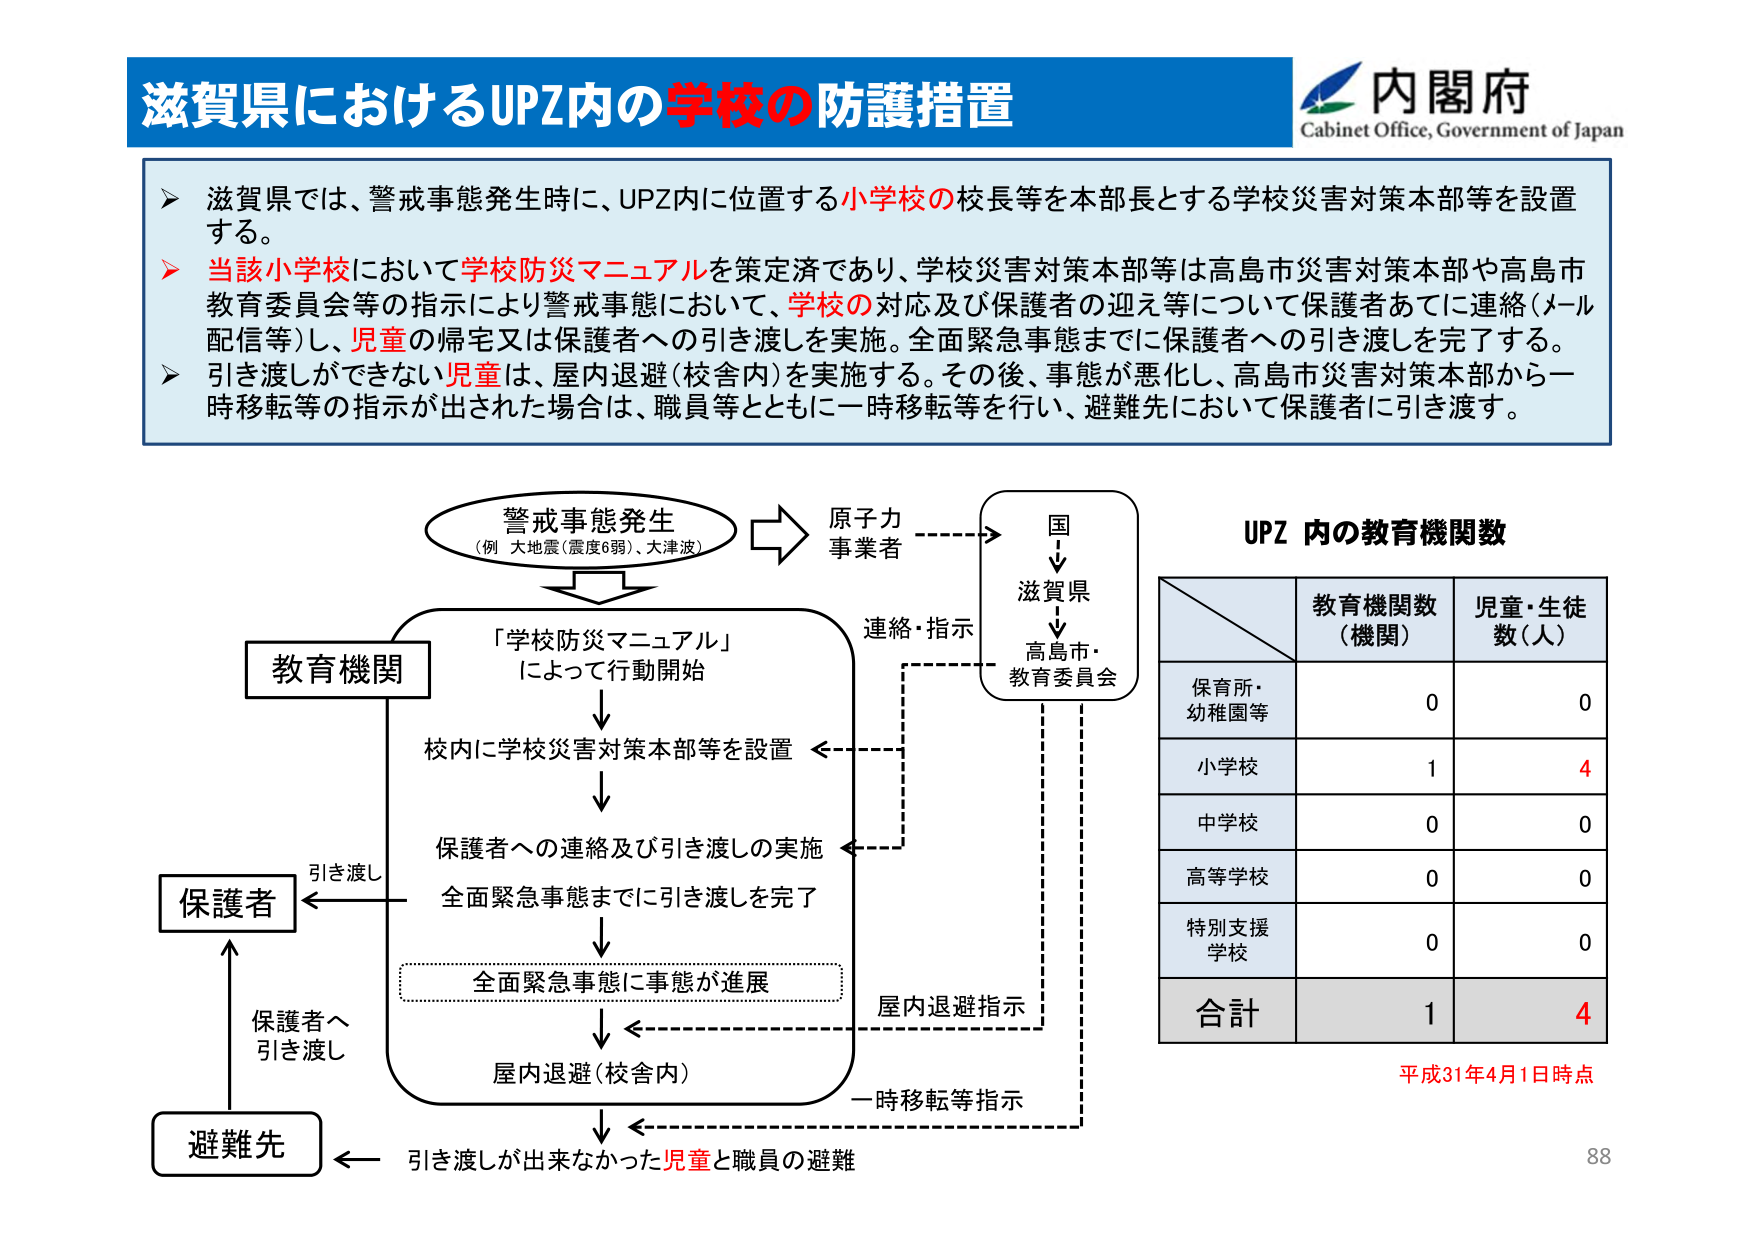
滋賀県におけるUPZ内の学校の防護措置
内閣府
Cabinet Office, Government of Japan
➤ 滋賀県では、警戒事態発生時に、UPZ内に位置する小学校の校長等を本部長とする学校災害対策本部等を設置する。
➤ 当該小学校において学校防災マニュアルを策定済であり、学校災害対策本部等は高島市災害対策本部や高島市教育委員会等の指示により警戒事態において、学校の対応及び保護者の迎え等について保護者あてに連絡（メール配信等）し、児童の帰宅又は保護者への引き渡しを実施。全面緊急事態までに保護者への引き渡しを完了する。
➤ 引き渡しができない児童は、屋内退避（校舎内）を実施する。その後、事態が悪化し、高島市災害対策本部から一時移転等の指示が出された場合は、職員等とともに一時移転等を行い、避難先において保護者に引き渡す。
警戒事態発生
（例 大地震（震度6弱）、大津波）
原子力
事業者
国
↓
滋賀県
↓
高島市・
教育委員会
連絡・指示
「学校防災マニュアル」
によって行動開始
教育機関
校内に学校災害対策本部等を設置
保護者への連絡及び引き渡しの実施
全面緊急事態までに引き渡しを完了
全面緊急事態に事態が進展
屋内退避指示
屋内退避（校舎内）
一時移転等指示
引き渡し
保護者
保護者へ
引き渡し
避難先
引き渡しが出来なかった児童と職員の避難
UPZ 内の教育機関数
教育機関数
（機関）
児童・生徒
数（人）
保育所・
幼稚園等
0
0
小学校
1
4
中学校
0
0
高等学校
0
0
特別支援
学校
0
0
合計
1
4
平成31年4月1日時点
88